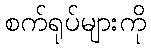
စက်ရုပ်များကို